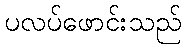
ပလပ်ဖောင်းသည်